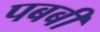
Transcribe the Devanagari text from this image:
पबबी